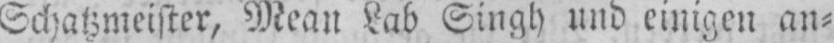
Schatzmeister, Mean Lab Singh und einigen an⸗